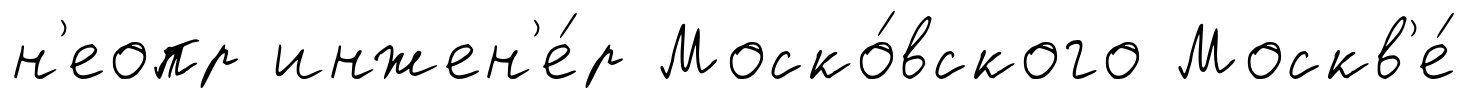
н'еопр инжен'е́р Моско́вского Москв'е́